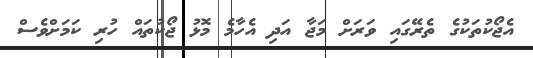
އެޖޯކުތަކުގެ ތެރޭގައި ވަރަށް މަޖާ އަދި އެހާމެ މޮޅު ޖޯކުތައް ހުރި ކަމަށްވެސް